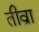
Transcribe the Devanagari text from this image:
तीव्रा